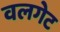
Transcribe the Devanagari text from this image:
वलगेट